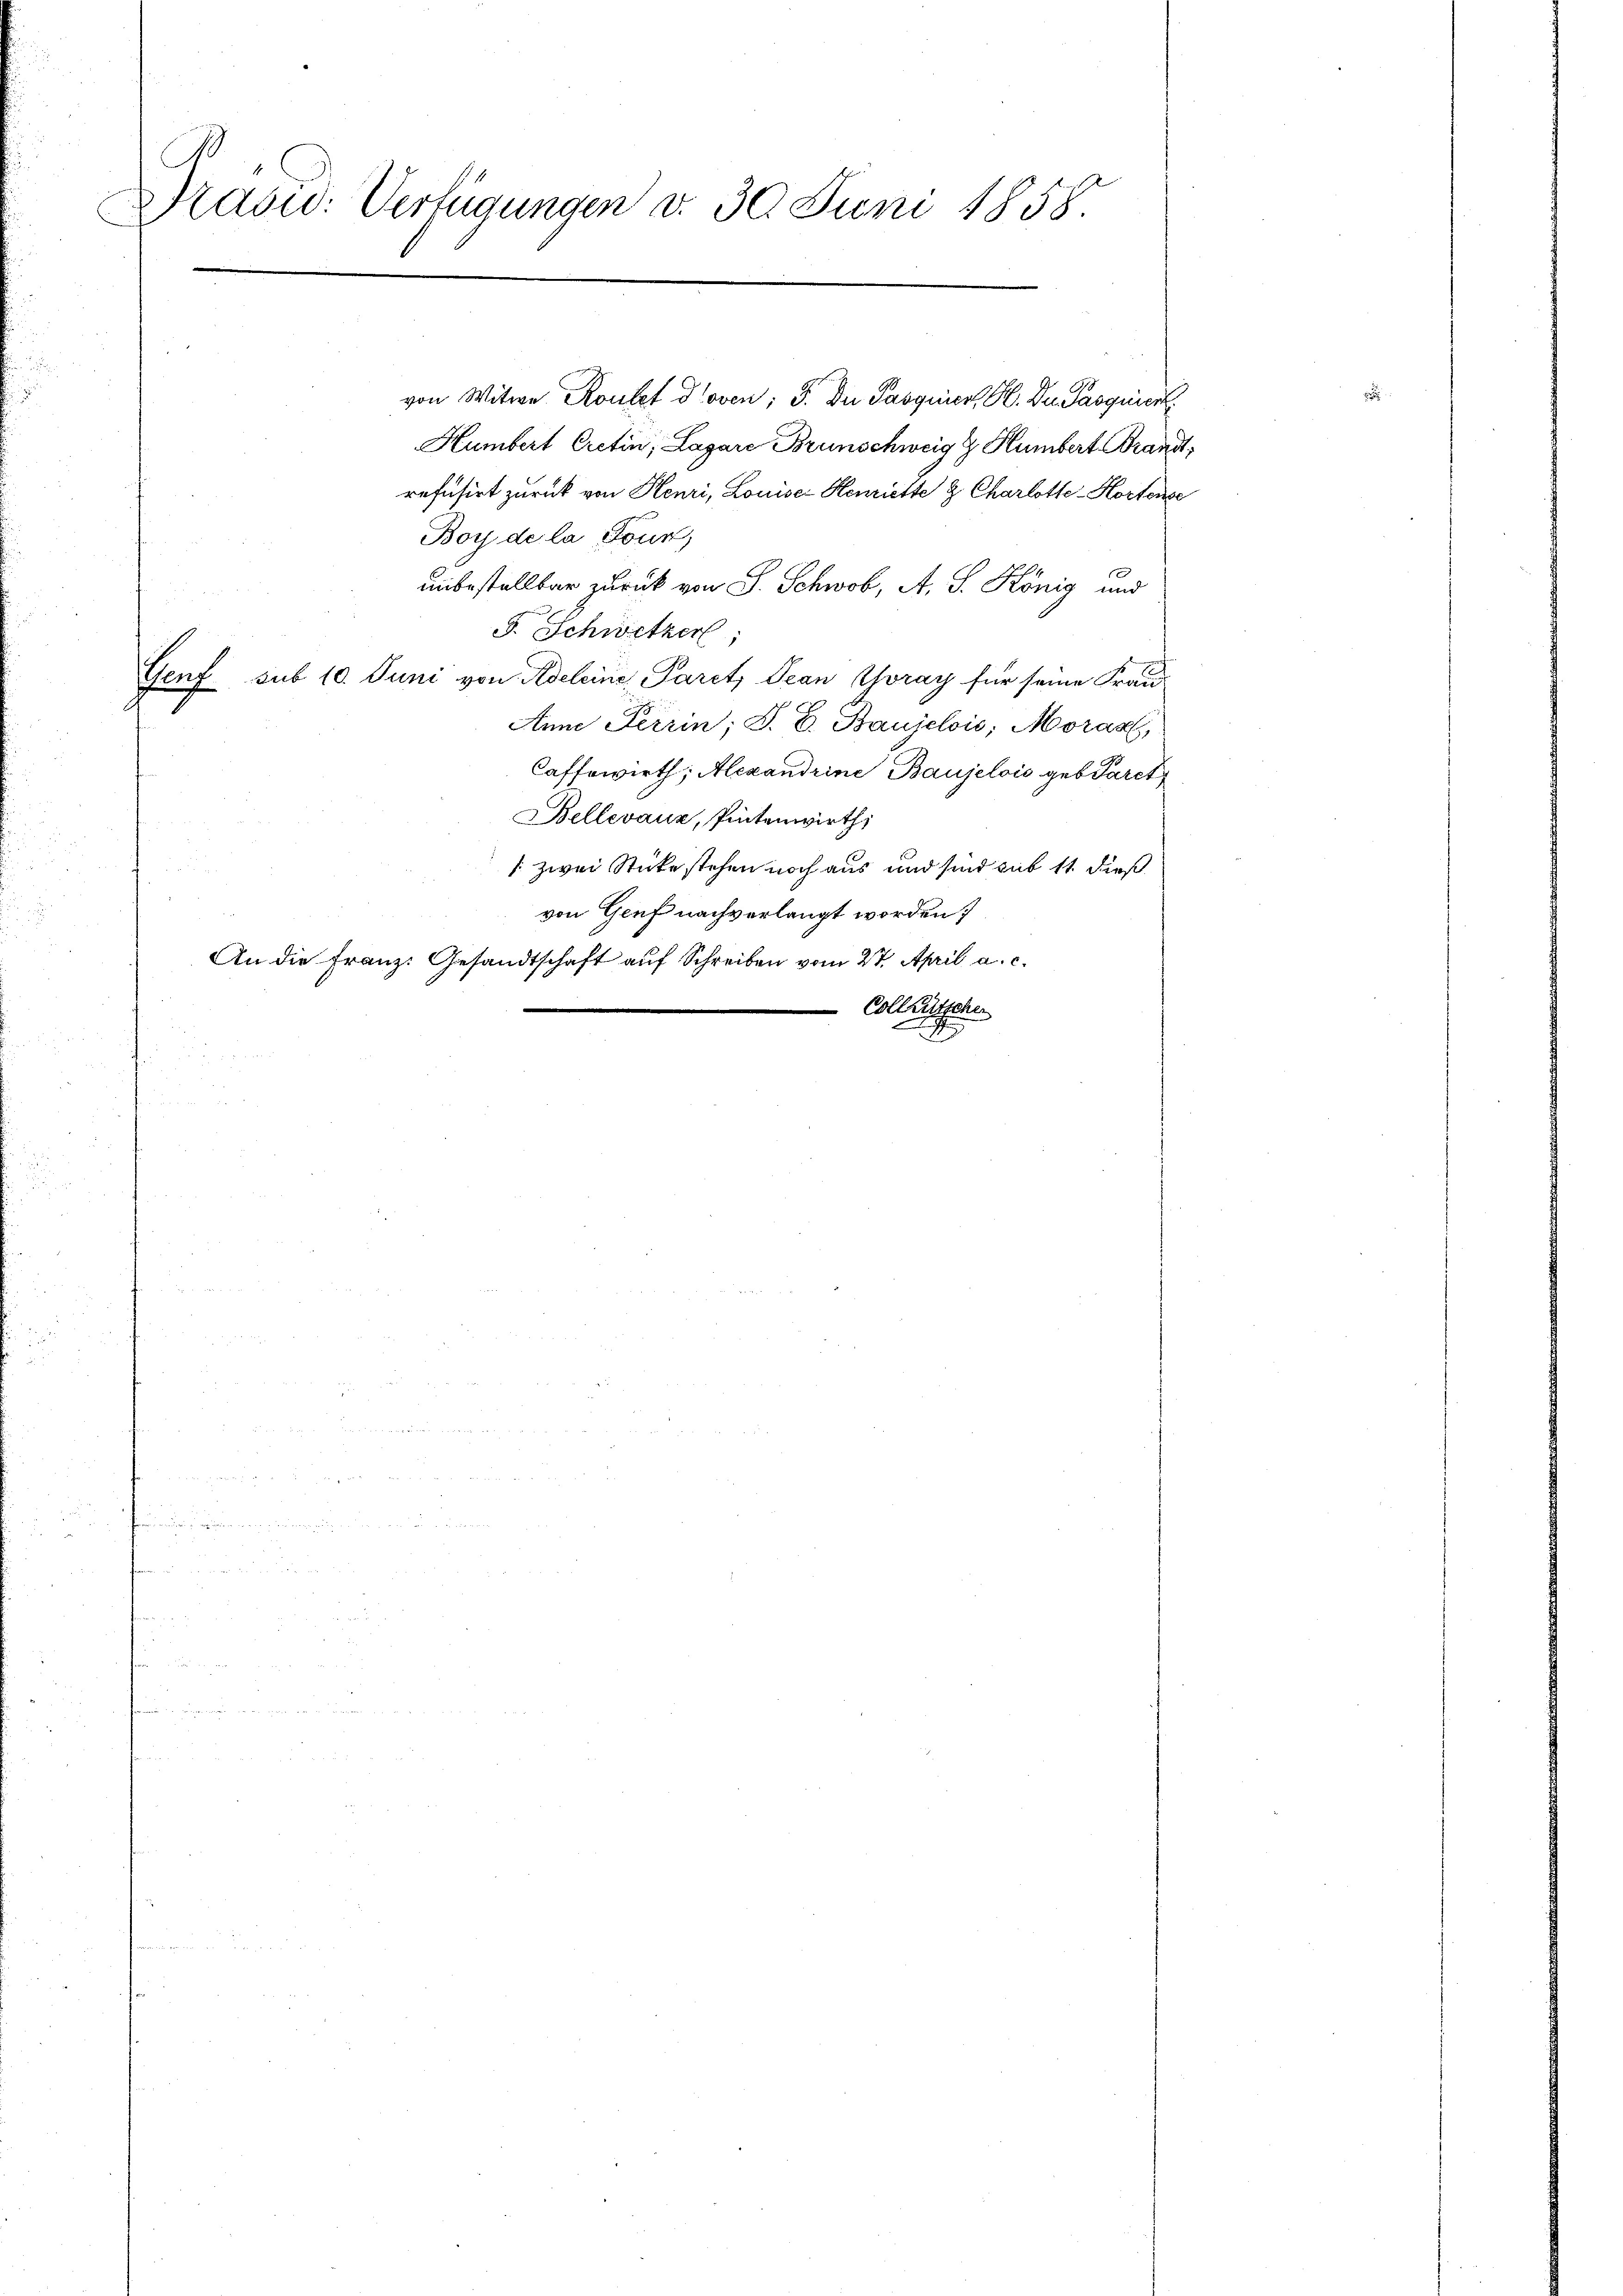
Brasid: Verfügungen d. 30. Juni 1858

von Witwe Routet doven; J. du Pasquiert H. Dn. Parquick
Humbert Cretin, Lagare Brunschweig & Humbert Brandt,
refusirt zurück von Henri, Louise- Henriette & Charlotte-Hortenge
Boy de la Tour,
unbestellbar zurück von S. Schwob, A. S. König und
F. Schwitzer
Genf sub 10. Juni von Adeleine Paret, Jean Coray für seine Frau
Anne Ferrin; J. C. Baujelois, Morar,
Caffewirth; Alexandrine Baujelois geb. Paret
Bellevaux, Pintenwirth,
/: zwei Stücke stehen noch aus und sind sub 11 dieß
von Genf nach verlangt worden.
An die Franz. Gesandtschaft auf Schreiben vom 27. April a. c.
 Collen